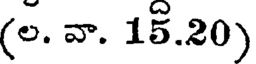
(ల. వా. 15.20)